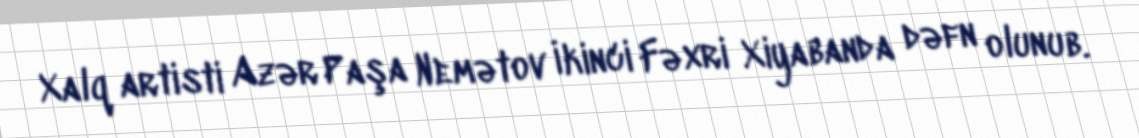
Xalq artisti Azər Paşa Nemətov İkinci Fəxri Xiyabanda dəfn olunub.